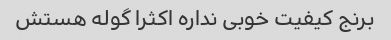
برنج کیفیت خوبی نداره اکثرا گوله هستش